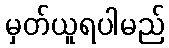
မှတ်ယူရပါမည်